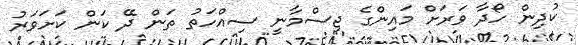
ކުދިން ހޯދާ ވަރަށް މައިންގެ ޖިސްމާނީ ސިއްހަތު ތަން ދޭ ކަން ކަށަވަރު